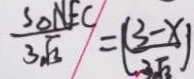
\frac { S _ { \Delta } N E C } { 3 \sqrt { 3 } } = ( \frac { 3 - x } { 3 \sqrt { 3 } } )